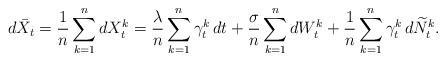
LaTeX: \begin{align*}d\bar X_t =\frac{1}{n}\sum_{k=1}^n dX^k_t =\frac{\lambda}{n}\sum_{k=1}^n\gamma_t^k\,dt+\frac{\sigma}{n}\sum_{k=1}^n dW^k_t+\frac{1}{n}\sum_{k=1}^n\gamma_{t}^k\,d\widetilde N^k_t .\end{align*}